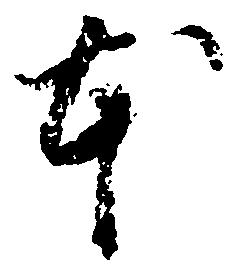
本